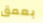
بعمق